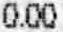
0.00